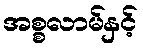
အစ္စလာမ်နှင့်